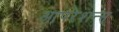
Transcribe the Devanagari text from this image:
आपरेशन्स्